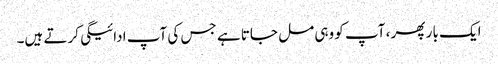
ایک بار پھر ، آپ کو وہی مل جاتا ہے جس کی آپ ادائیگی کرتے ہیں۔